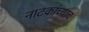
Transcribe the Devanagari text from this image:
नाटकांच्याच